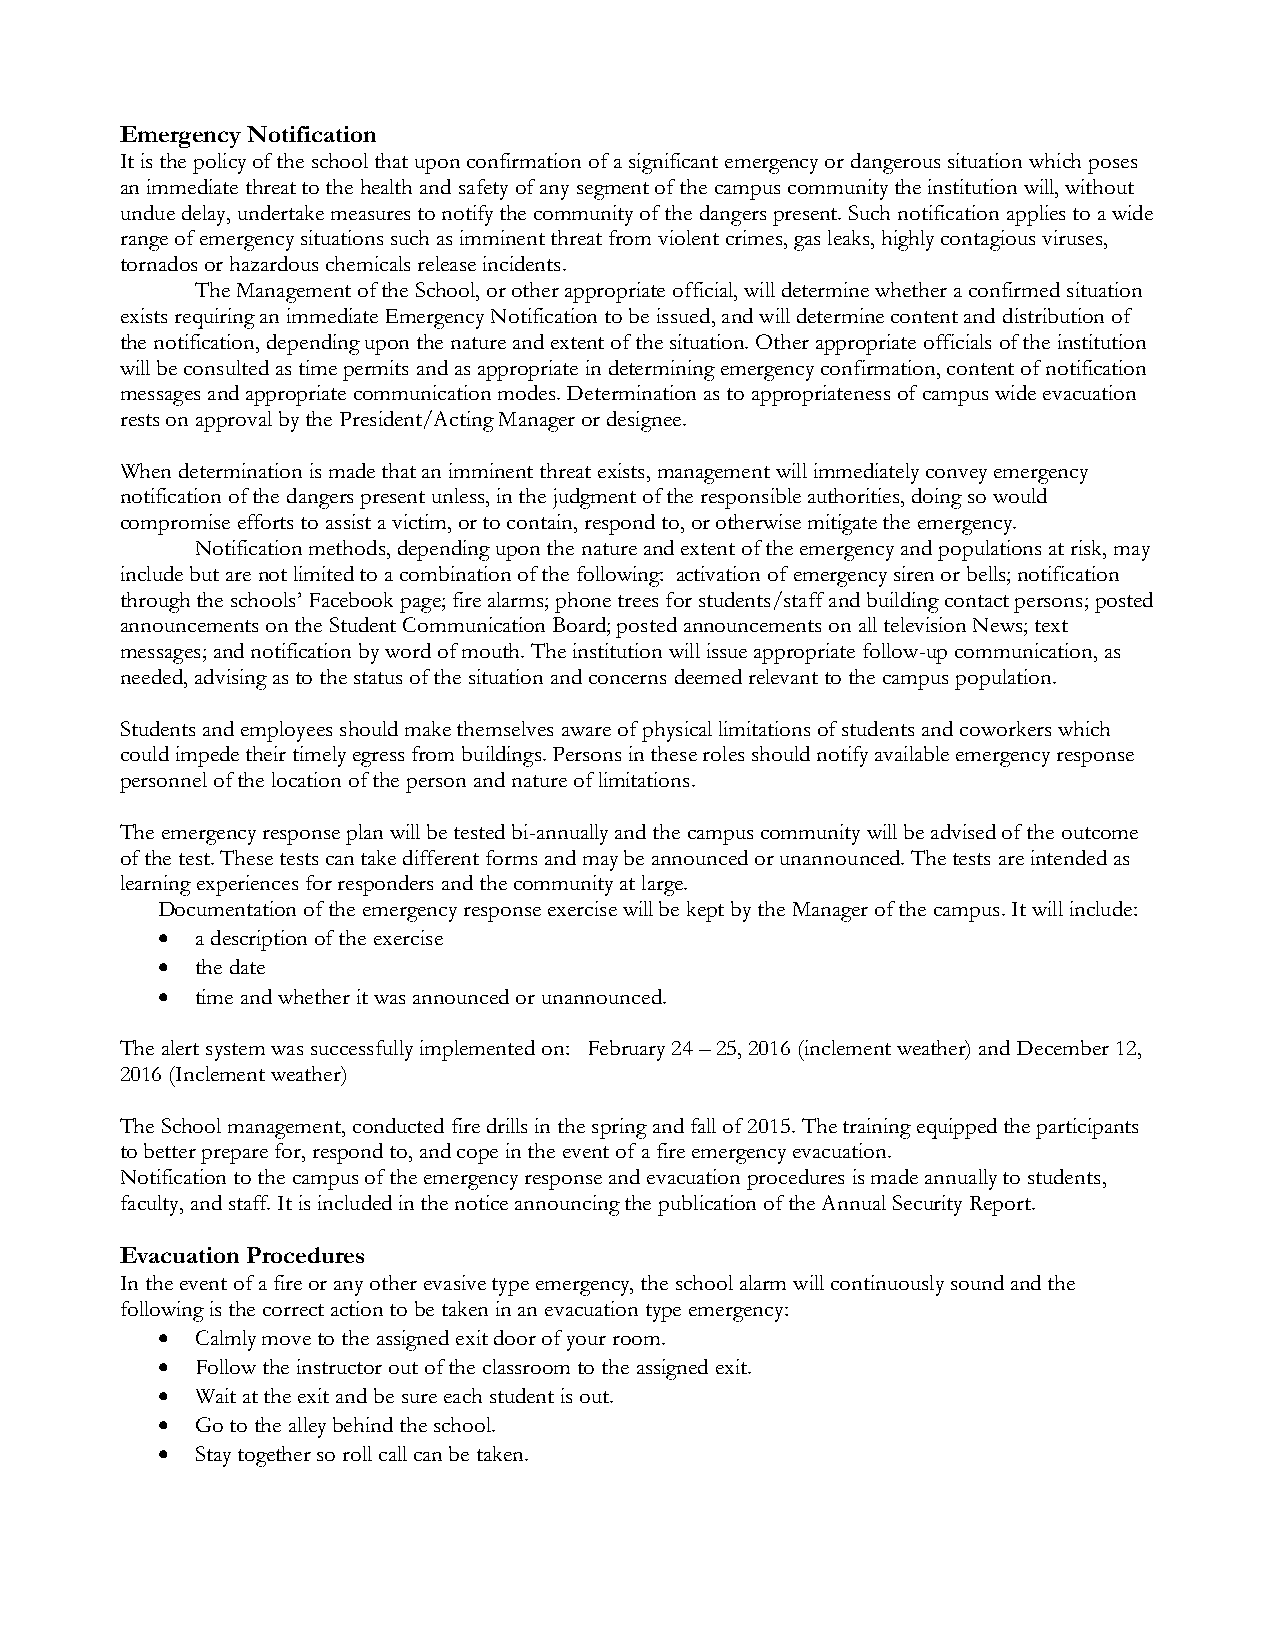
Emergency Notification
 It is the policy of the school that upon confirmation of a significant emergency or dangerous situation which poses
 an immediate threat to the health and safety of any segment of the campus community the institution will, without
 undue delay, undertake measures to notify the community of the dangers present. Such notification applies to a wide
 range of emergency situations such as imminent threat from violent crimes, gas leaks, highly contagious viruses,
 tornados or hazardous chemicals release incidents.
 The Management of the School, or other appropriate official, will determine whether a confirmed situation
 exists requiring an immediate Emergency Notification to be issued, and will determine content and distribution of
 the notification, depending upon the nature and extent of the situation. Other appropriate officials of the institution
 will be consulted as time permits and as appropriate in determining emergency confirmation, content of notification
 messages and appropriate communication modes. Determination as to appropriateness of campus wide evacuation
 rests on approval by the President/Acting Manager or designee.
 When determination is made that an imminent threat exists, management will immediately convey emergency
 notification of the dangers present unless, in the judgment of the responsible authorities, doing so would
 compromise efforts to assist a victim, or to contain, respond to, or otherwise mitigate the emergency.
 Notification methods, depending upon the nature and extent of the emergency and populations at risk, may
 include but are not limited to a combination of the following: activation of emergency siren or bells; notification
 through the schools’ Facebook page; fire alarms; phone trees for students/staff and building contact persons; posted
 announcements on the Student Communication Board; posted announcements on all television News; text
 messages; and notification by word of mouth. The institution will issue appropriate follow-up communication, as
 needed, advising as to the status of the situation and concerns deemed relevant to the campus population.
 Students and employees should make themselves aware of physical limitations of students and coworkers which
 could impede their timely egress from buildings. Persons in these roles should notify available emergency response
 personnel of the location of the person and nature of limitations.
 The emergency response plan will be tested bi-annually and the campus community will be advised of the outcome
 of the test. These tests can take different forms and may be announced or unannounced. The tests are intended as
 learning experiences for responders and the community at large.
 Documentation of the emergency response exercise will be kept by the Manager of the campus. It will include:
 •  a description of the exercise
 •  the date
 •  time and whether it was announced or unannounced.
 The alert system was successfully implemented on: February 24 – 25, 2016 (inclement weather) and December 12,
 2016 (Inclement weather)
 The School management, conducted fire drills in the spring and fall of 2015. The training equipped the participants
 to better prepare for, respond to, and cope in the event of a fire emergency evacuation.
 Notification to the campus of the emergency response and evacuation procedures is made annually to students,
 faculty, and staff. It is included in the notice announcing the publication of the Annual Security Report.
 Evacuation Procedures
 In the event of a fire or any other evasive type emergency, the school alarm will continuously sound and the
 following is the correct action to be taken in an evacuation type emergency:
 •  Calmly move to the assigned exit door of your room.
 •  Follow the instructor out of the classroom to the assigned exit.
 •  Wait at the exit and be sure each student is out.
 •  Go to the alley behind the school.
 •  Stay together so roll call can be taken.